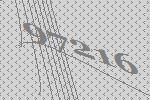
97216